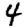
Digit: 4